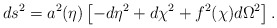
\begin{align*}ds^2 = a^2(\eta) \left[ -d\eta^2 + d\chi^2 + f^2(\chi) d\Omega^2\right].\end{align*}